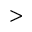
>